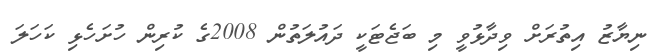
ނިޔާޒު އިތުރަށް ވިދާޅުވީ މި ބަޖެޓަކީ ދައުލަތުން 2008ގެ ކުރިން ހުށަހެޅި ކަހަލަ